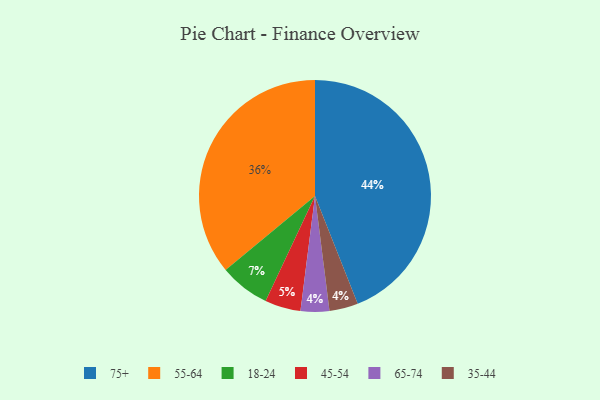
{"axis": {"x": "Category", "y": "Percentage"}, "legend": ["18-24", "35-44", "45-54", "55-64", "65-74", "75+"], "data": [{"x": "45-54", "y": 5, "type": "45-54"}, {"x": "18-24", "y": 7, "type": "18-24"}, {"x": "65-74", "y": 4, "type": "65-74"}, {"x": "55-64", "y": 36, "type": "55-64"}, {"x": "75+", "y": 44, "type": "75+"}, {"x": "35-44", "y": 4, "type": "35-44"}]}